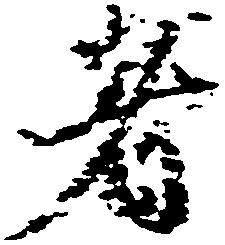
者